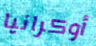
أوكرانيا